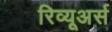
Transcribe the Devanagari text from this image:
रिव्यूअर्स